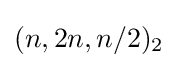
(n,2n,n/2)_{2}